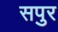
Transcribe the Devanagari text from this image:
सपुर